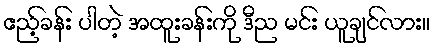
ဧည့်ခန်း ပါတဲ့ အထူးခန်းကို ဒီည မင်း ယူချင်လား။